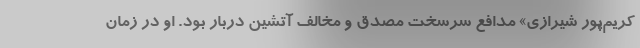
کریم‌پور شیرازی» مدافع سرسخت مصدق و مخالف آتشین دربار بود. او در زمان